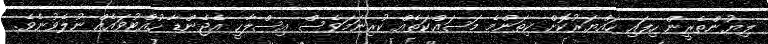
ލިޔުންތެރީން ހިފައި ހައްޔަރުކޮށް ކިތަންމެ މަސައްކަތެއް ކުރިނަމަވެސް އިސްލާހީ އެޖެންޑާ ހުއްޓުވައެއް ނުލެވުނެވެ.